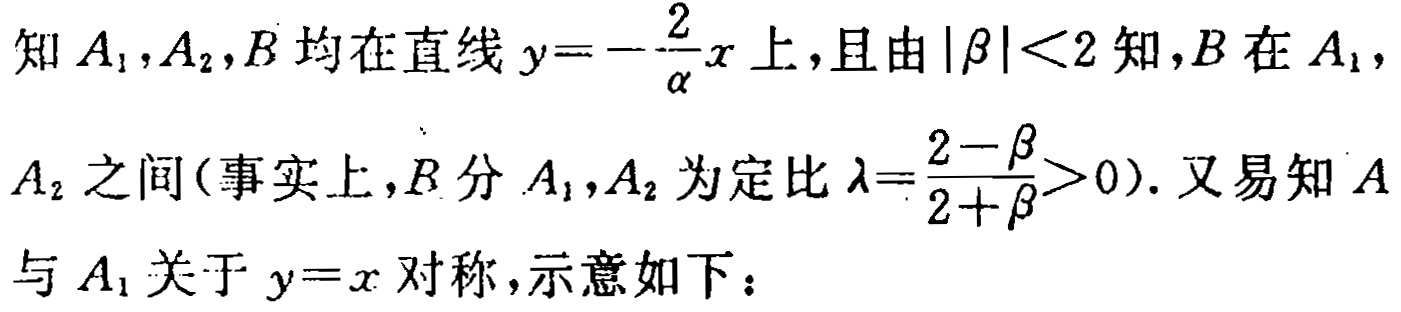
知 \(A_1,A_2,B\) 均在直线 \(y = -\frac{2}{\alpha}x\) 上，且由 \(|\beta| < 2\) 知，\(B\) 在 \(A_1\)，\(A_2\) 之间(事实上，\(B\) 分 \(A_1,A_2\) 为定比 \(\lambda=\frac{2 - \beta}{2 + \beta}>0\)). 又易知 \(A\) 与 \(A_1\) 关于 \(y = x\) 对称，示意如下：